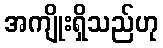
အကျိုးရှိသည်ဟု